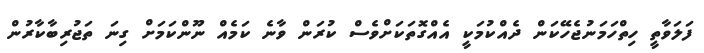
ފަލަވާތީ ހިތްހަމަނުޖެހޭކަން ދެއްކުމަކީ އެއްގޮތަކަށްވެސް ކުރަން ވާނެ ކަމެއް ނޫންކަމަށް ގިނަ ތަޖުރިބާކާރުން